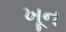
ખૂન